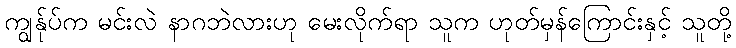
ကျွန်ုပ်က မင်းလဲ နာဂဘဲလားဟု မေးလိုက်ရာ သူက ဟုတ်မှန်ကြောင်းနှင့် သူတို့